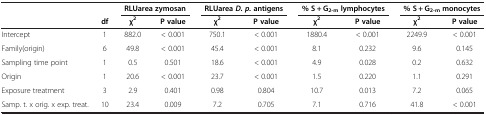
|  |  | <COLSPAN=2> RLUarea zymosan | <COLSPAN=2> RLUarea D. p. antigens | <COLSPAN=2> % S + G2-m lymphocytes | <COLSPAN=2> % S + G2-m monocytes |
 |  | df | χ2 | P value | χ2 | P value | χ2 | P value | χ2 | P value |
 | --- | --- | --- | --- | --- | --- | --- | --- | --- | --- |
 | Intercept | 1 | 882.0 | < 0.001 | 750.1 | < 0.001 | 1880.4 | < 0.001 | 2249.9 | < 0.001 |
 | Family(origin) | 6 | 49.8 | < 0.001 | 45.4 | < 0.001 | 8.1 | 0.232 | 9.6 | 0.145 |
 | Sampling time point | 1 | 0.5 | 0.501 | 18.6 | < 0.001 | 4.9 | 0.028 | 0.2 | 0.632 |
 | Origin | 1 | 20.6 | < 0.001 | 23.7 | < 0.001 | 1.5 | 0.220 | 1.1 | 0.291 |
 | Exposure treatment | 3 | 2.9 | 0.401 | 0.98 | 0.804 | 10.7 | 0.013 | 7.2 | 0.065 |
 | Samp. t. x orig. x exp. treat. | 10 | 23.4 | 0.009 | 7.2 | 0.705 | 7.1 | 0.716 | 41.8 | < 0.001 |